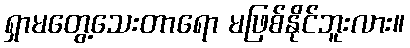
ရှာမတွေ့သေးတာရော မဖြစ်နိုင်ဘူးလား။